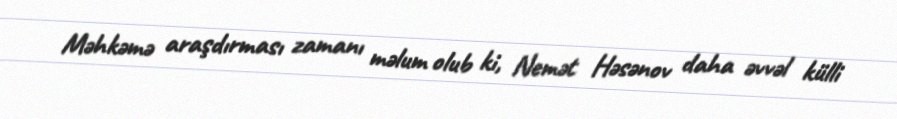
Məhkəmə araşdırması zamanı məlum olub ki, Nemət Həsənov daha əvvəl külli